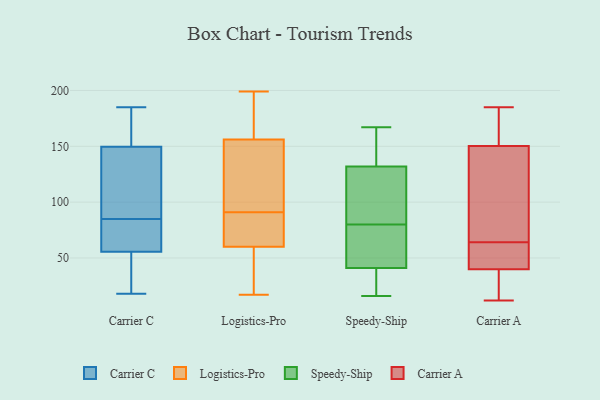
{"axis": {"x": "Conversion Rate (%)", "y": "Value"}, "legend": ["Carrier A", "Carrier C", "Logistics-Pro", "Speedy-Ship"], "data": [{"x": "", "y": 48, "type": "Carrier C"}, {"x": "", "y": 85, "type": "Carrier C"}, {"x": "", "y": 74, "type": "Carrier C"}, {"x": "", "y": 58, "type": "Carrier C"}, {"x": "", "y": 168, "type": "Carrier C"}, {"x": "", "y": 18, "type": "Carrier C"}, {"x": "", "y": 123, "type": "Carrier C"}, {"x": "", "y": 58, "type": "Carrier C"}, {"x": "", "y": 146, "type": "Carrier C"}, {"x": "", "y": 142, "type": "Carrier C"}, {"x": "", "y": 160, "type": "Carrier C"}, {"x": "", "y": 185, "type": "Carrier C"}, {"x": "", "y": 35, "type": "Carrier C"}, {"x": "", "y": 54, "type": "Logistics-Pro"}, {"x": "", "y": 27, "type": "Logistics-Pro"}, {"x": "", "y": 193, "type": "Logistics-Pro"}, {"x": "", "y": 70, "type": "Logistics-Pro"}, {"x": "", "y": 134, "type": "Logistics-Pro"}, {"x": "", "y": 129, "type": "Logistics-Pro"}, {"x": "", "y": 17, "type": "Logistics-Pro"}, {"x": "", "y": 70, "type": "Logistics-Pro"}, {"x": "", "y": 159, "type": "Logistics-Pro"}, {"x": "", "y": 60, "type": "Logistics-Pro"}, {"x": "", "y": 75, "type": "Logistics-Pro"}, {"x": "", "y": 199, "type": "Logistics-Pro"}, {"x": "", "y": 107, "type": "Logistics-Pro"}, {"x": "", "y": 46, "type": "Logistics-Pro"}, {"x": "", "y": 145, "type": "Logistics-Pro"}, {"x": "", "y": 165, "type": "Logistics-Pro"}, {"x": "", "y": 74, "type": "Logistics-Pro"}, {"x": "", "y": 156, "type": "Logistics-Pro"}, {"x": "", "y": 124, "type": "Speedy-Ship"}, {"x": "", "y": 90, "type": "Speedy-Ship"}, {"x": "", "y": 167, "type": "Speedy-Ship"}, {"x": "", "y": 135, "type": "Speedy-Ship"}, {"x": "", "y": 47, "type": "Speedy-Ship"}, {"x": "", "y": 21, "type": "Speedy-Ship"}, {"x": "", "y": 129, "type": "Speedy-Ship"}, {"x": "", "y": 59, "type": "Speedy-Ship"}, {"x": "", "y": 161, "type": "Speedy-Ship"}, {"x": "", "y": 35, "type": "Speedy-Ship"}, {"x": "", "y": 70, "type": "Speedy-Ship"}, {"x": "", "y": 16, "type": "Speedy-Ship"}, {"x": "", "y": 12, "type": "Carrier A"}, {"x": "", "y": 13, "type": "Carrier A"}, {"x": "", "y": 37, "type": "Carrier A"}, {"x": "", "y": 64, "type": "Carrier A"}, {"x": "", "y": 51, "type": "Carrier A"}, {"x": "", "y": 170, "type": "Carrier A"}, {"x": "", "y": 150, "type": "Carrier A"}, {"x": "", "y": 132, "type": "Carrier A"}, {"x": "", "y": 121, "type": "Carrier A"}, {"x": "", "y": 153, "type": "Carrier A"}, {"x": "", "y": 185, "type": "Carrier A"}, {"x": "", "y": 53, "type": "Carrier A"}, {"x": "", "y": 131, "type": "Carrier A"}, {"x": "", "y": 151, "type": "Carrier A"}, {"x": "", "y": 41, "type": "Carrier A"}, {"x": "", "y": 29, "type": "Carrier A"}, {"x": "", "y": 62, "type": "Carrier A"}]}